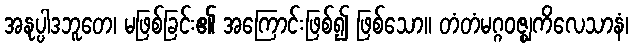
အနုပ္ပါဒဘူတေ၊ မဖြစ်ခြင်း၏ အကြောင်းဖြစ်၍ ဖြစ်သော။ တံတံမဂ္ဂဝဇ္ဈကိလေသာနံ၊